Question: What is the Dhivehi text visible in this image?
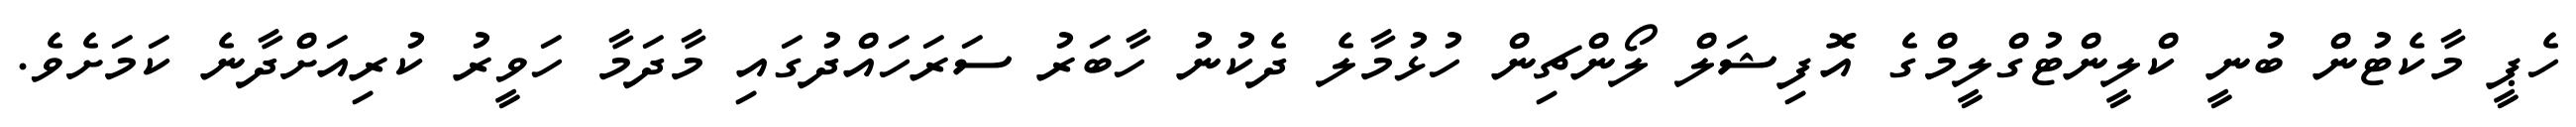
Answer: ހެޕީ މާކެޓުން ބުނީ ކްލީންޓުގްލީމްގެ އޮފިޝަލް ލޯންޗިން ހުޅުމާލެ ދެކުނު ހާބަރު ސަރަހައްދުގައި މާދަމާ ހަވީރު ކުރިއަށްދާނެ ކަމަށެވެ.